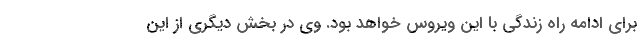
برای ادامه راه زندگی با این ویروس خواهد بود. وی در بخش دیگری از این